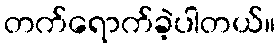
တက်ရောက်ခဲ့ပါတယ်။